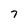
Character: 7